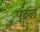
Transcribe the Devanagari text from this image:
पुरुल